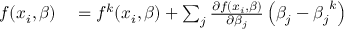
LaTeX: \begin{array} { r l } { f ( x _ { i } , { \boldsymbol { \beta } } ) } & { { } = f ^ { k } ( x _ { i } , { \boldsymbol { \beta } } ) + \sum _ { j } { \frac { \partial f ( x _ { i } , { \boldsymbol { \beta } } ) } { \partial \beta _ { j } } } \left( \beta _ { j } - { \beta _ { j } } ^ { k } \right) } \end{array}